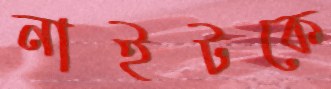
নাইটকে